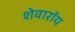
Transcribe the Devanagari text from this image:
शेवारॉय